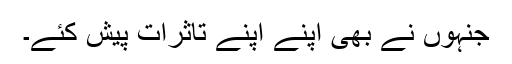
جنہوں نے بھی اپنے اپنے تاثرات پیش کئے۔